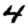
Digit: 4